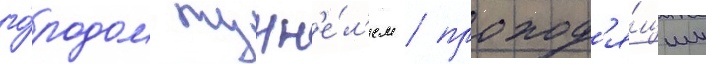
го́родом тунн'е́л'ем / проход'я́щим